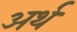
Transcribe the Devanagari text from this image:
अर्थ